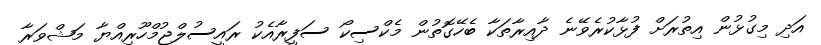
އަދި މިގުޅުން އިތުރަށް ފުޅާކުރެވޭނެ ދާއިރާތަކާ ބެހޭގޮތުން މެކްސިކޯ ސަފީރާއެކު ރައީސުލްޖުމްހޫރިއްޔާ މަޝްވަރާ